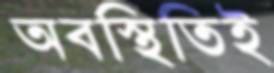
অবস্থিতিই